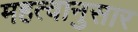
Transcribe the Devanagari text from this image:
महत्वानुसार